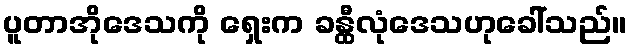
ပူတာအိုဒေသကို ရှေးက ခန္ထီလုံဒေသဟုခေါ်သည်။